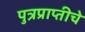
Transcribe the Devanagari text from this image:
पुत्रप्राप्‍तीचे